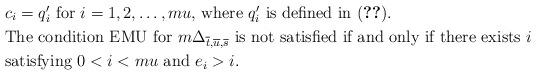
LaTeX: \begin{align*} \ \ &\mbox{$c_i = q'_i$ for $i = 1, 2, \ldots, mu$, where $q'_i$ is defined in (\ref{q}).} \\ \ \ &\mbox{The condition EMU for $m\Delta_{\overline{t}, \overline{u}, \overline{s}}$ is not satisfied if and only if there exists $i$} \\ & \mbox{satisfying $0<i<mu$ and $e_i > i$.} \end{align*}